Lunatic asylums in Bengal annual reports 1888-1898 - 1888-1898
Year: 1888
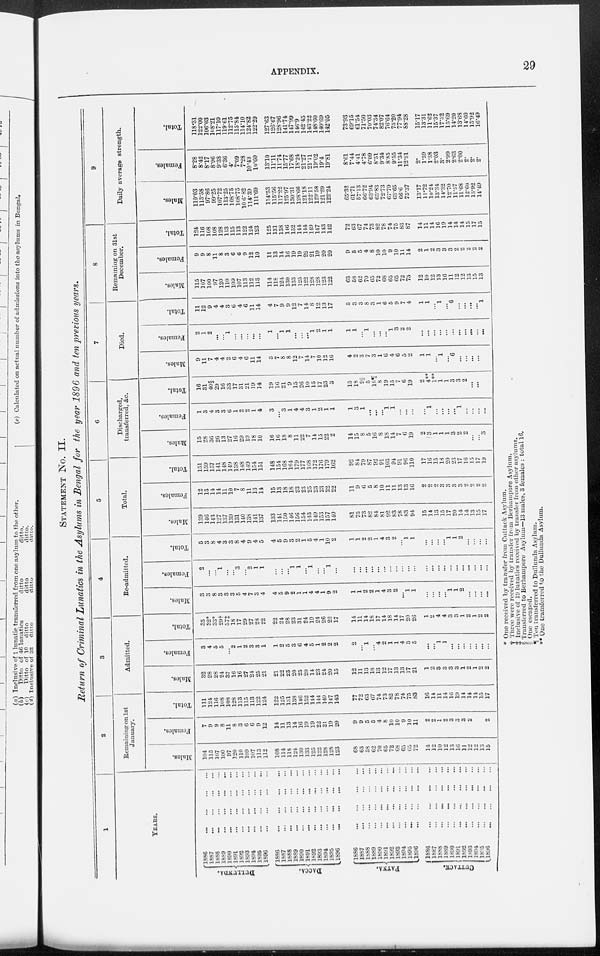
APPENDIX.
29
STATEMENT No. II.
Return of Criminal Lunatics in the Asylums in Bengal for the year 1896 and ten previous years.
1
YEARS.
DULLUNDA.
DACCA.
PATNA.
CUTTACK.
1886
...
...
...
...
1887 ... ... ... ...
1888
...
...
...
...
1889
...
...
...
...
1890
...
...
...
...
1891 ... ... ... ...
1892
...
...
...
...
1893 ... ... ... ...
1894 ... ... ... ...
1895
...
...
...
...
1896
...
...
...
...
1886
...
...
...
...
1887
...
...
...
...
1888 ... ... ... ...
1889 ... ... ... ...
1890
...
... ... ...
1891
... ... ... ...
1892 ... ... ... ...
1893 ... ... ... ...
1894 ... ... ... ...
1895 ... ... ... ...
1896 ... ... ... ...
1886
...
...
...
...
1887
...
...
...
...
1888
...
...
...
...
1889 ... ... ... ...
1890 ... ... ... ...
1891 ... ... ... ...
1892
...
...
...
...
1893 ... ... ... ...
1894 ... ... ... ...
1895 ... ... ... ...
1896... ... ... ...
1886
...
...
...
...
1887
... ... ... ...
1888 ... ... ... ...
1889 ... ... ... ...
1890
... ... ... ...
1891
... ... ... ...
1892 ... ... ... ...
1893
...
...
...
...
1894
... ... ... ...
1895 ... ... ... ...
1896
...
...
...
...
2
Remaining on 1st
January.
Males.
104
115
107
100
97
120
110
109
107
113
112
108
114
118 124
130
133
125
122
128
128
123
68
63
58
62
70
65
72
68
65
65
72
14
12
10
12
13
16
11
12
12
13
15
Females.
7
9
9
8
11
8
3
6
6
9
12
14
11
13
14
16
19
19
22
21
19
20
9
9
5
5
4
8
10
10
9
10
11
2
2
1
2
3
3
3
2
2
2
2
Total.
111
124
116
108
108
128
113
115
113
122
124
122
125
131
138
146
152
144
144
149
147
143
77
72
63
67
74
73
82
78
74
75
83
16
14
11
14
16
19
14
14
14
15
17
3
Admitted.
Males.
32
28
28
24
37
16
16
27
24
25
21
21
22
23
20
25
20
14
23
24
20
15
12
11
13
18
13
12
17
13
13
37
21
1
2
3
3
3
3
1
2
1
2
2
Females.
3
4
5
5
...
2
1
2
3
3
1
1
2
5
3
6
4
5
1
2
2
2
2
...
1
...
4
2
1
1
4
3
5
...
...
1
1
...
...
...
...
...
...
...
Total.
35
32*
33*
29†
37‡
18
17
29
27
28
22
22
24
28
23
31
24
19
24
26
22
17
14
11
14
18
17
14
18
14
17
20
26
1
2
4
4
3
3
1
2
1
2
2
4
Re-admitted.
Males.
3
3
8
3
3
3
5
4
7
3
4
4
5
9
2
1
1
4
4
1
9
2
1
1
2
2
1
4
3
2
...
1
1
...
...
...
...
1
1
2
...
...
...
...
Females.
2
...
...
1
...
...
3
...
2
1
1
...
...
...
1
1
...
1
...
...
1
...
...
...
...
...
...
...
...
...
...
...
...
...
...
...
...
...
...
...
...
...
...
...
Total.
5
3
8
4
3
3
8
4
9
4
5
4
5
9
3
2
1
5
4
1
10
2
1
1
2
2
1
4
3
2
...
1
1
...
...
...
...
1
1
2
...
...
...
...
5
Total.
Males.
139
146
143
127
137
139
131
140
138
141
137
133
141
150
146
156
154
143
149
153
157
140
81
75
73
82
84
81
92
83
78
83
94
15
14
13
15
17
20
14
14
13
15
17
Females.
12
13
14
14
11
10
7
8
11
13
14
15
13
18
18
23
23
25
23
23
22
22
11
9
6
5
8
10
11
11
13
13
16
2
2
2
3
3
3
3
2
2
2
2
Total.
151
159
157
141
148
149
138
148
149
154
151
148
154
168
164
179
177
168
172
176
179
162
92
84
79
87
92
91
103
94
91
96
110
17
16
15
18
20
23
17
16
15
17
19
6
Discharged,
transferred, &c.
Males.
15
28
36
26
13
27
16
29
19
18
10
16
16
18
8
11
22
7
14
15
22
2
14
15
8
5
16
8
18
14
7
6
19
2
3
1
1
1
3
2
2
...
...
3
Females.
1
3
4
3
3
6
1
2
2
1
4
3
...
3
1
4
4
3
1
2
1
1
1
3
1
...
...
...
1
1
...
...
...
...
1
...
...
...
...
1
...
...
...
...
Total.
16
31
40§
29
16
33
17
31
21
19
14
19
16
21
9
15
26
10
15
17
23
3
15
18
9||
5
16¶
8
19
15
7
6
19
2
4**
1**
1
1
3
3
2
...
...
3
7
Died.
Males.
9
11
7
4
4
2
6
4
6
11
14
3
7
8
8
12
7
14
7
10
12
16
4
2
3
7
3
1
6
4
6
5
2
1
1
...
1
...
6
...
...
...
...
1
Females.
2
1
2
...
1
...
...
...
...
...
1
...
1
1
...
...
...
1
2
1
1
1
1
...
1
...
...
...
1
3
2
2
...
...
...
...
...
...
...
...
...
...
...
Total.
11
12
9
4
4
3
6
4
6
11
14
4
7
9
9
12
7
14
8
12
13
17
5
3
3
8
3
1
6
5
9
7
4
1
1
...
1
...
6
...
...
...
...
1
8
Remaining on 31st
December.
Males.
115
107
100
97
120
110
109
107
113
112
113
114
118
124
130
133
125
122
128
128
123
122
63
58
62
70
65
72
68
65
65
72
73
12
10
12
13
16
11
12
12
13
15
13
Females.
9
9
8
11
8
3
6
6
9
12
10
11
13
14
16
19
19
22
21
19
20
20
9
5
5
4
8
10
10
9
10
11
14
2
1
2
3
3
3
2
2
2
2
2
Total.
124
116
108
108
128
113
115
113
122
124
123
125
131
138
146
152
144
144
149
147
143
142
72
63
67
74
73
82
78
74
75
83
87
14
11
14
16
19
14
14
14
15
17
15
9
Daily average strength.
Males.
110.03
113.58
97.86
99.25
107.72
113.25
108.75
108.75
106.82
114.39
111.69
114.53
115.56
117.22
125.97
130.31
128.66
121.18
122.11
129.58
121.29
122.24
65.32
61.71
57.13
66.72
63.94
65.83
72.73
67.79
63.65
66.6
75.37
13.17
11.72
10.24
13.34
14.32
12.70
11.57
11.68
12.60
13.92
14.49
Females.
8.28
8.42
8.17
8.96
9.38
6.36
4.
7.09
7.28
10.43
10.60
13.10
11.11
11.74
15.77
17.68
18.24
21.27
21.11
19.02
19.4
19.81
8.61
7.44
4.41
4.78
6.09
8.51
9.34
8.85
9.55
11.34
12.91
2.
1.59
1.38
2.03
3.
2.99
2.63
2.00
2.
2.
2.
Total.
118.31
122.00
106.03
108.21
117.10
119.61
112.75
115.84
114.10
124.82
122.29
127.63
126.67
128.96
141.74
147.99
146.9
142.45
143.22
148.60
140.69
142.05
73.93
69.15
61.54
71.50
70.03
74.34
82.07
76.64
73.20
77.94
88.28
15.17
13.31
11.62
15.37
17.32
15.69
14.20
13.68
14.60
15.92
16.49
* One received by transfer from Cuttack Asylum.
† Three were received by transfer from Berhampore Asylum.
‡ Inclusive of 19 lunatics received by transfer from other asylums.
§ Transferred to Berhampore Asylum—13 males, 3 females :total 16.
|| One escaped.
¶ Ten transferred to Dullunda Asylum.
** One transferred to the Dullunda Asylum.